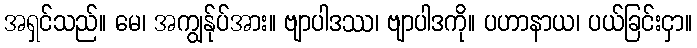
အရှင်သည်။ မေ၊ အကျွန်ုပ်အား။ ဗျာပါဒဿ၊ ဗျာပါဒကို။ ပဟာနာယ၊ ပယ်ခြင်းငှာ။